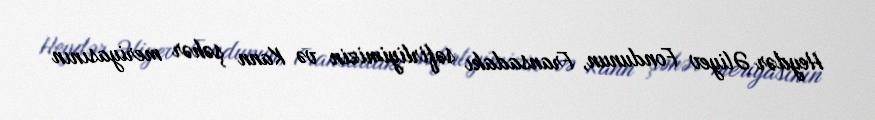
Heydər Əliyev Fondunun, Fransadakı səfirliyimizin və Kann şəhər meriyasının